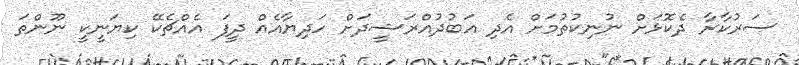
ސަރުކާރާ ދެކޮޅަށް ނުނިކުތުމަށް އެދި އަބުދުއްރަޝީދަށް ހަދިޔާއެއް ދީފަ އެއްޗެކޭ ކިޔަނީކީ ނޫންތަ